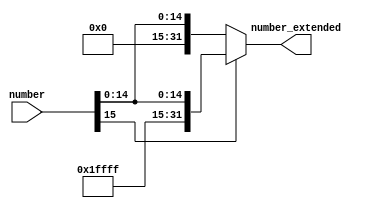
module SignExtend
(
	input wire [15:0]number,
	output reg [31:0]number_extended
);

	always @(*)
		begin
			if (number[15] == 0) 
				begin
					number_extended <= {16'b0000000000000000, number};
				end
			else if (number[15] == 1) 
				begin
					number_extended <= {16'b1111111111111111, number};
				end
			else 
				begin
					number_extended <= 32'bxxxxxxxxxxxxxxxxxxxxxxxxxxxxxxxx;
				end
		end

endmodule